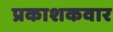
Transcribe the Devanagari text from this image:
प्रकाशकवार